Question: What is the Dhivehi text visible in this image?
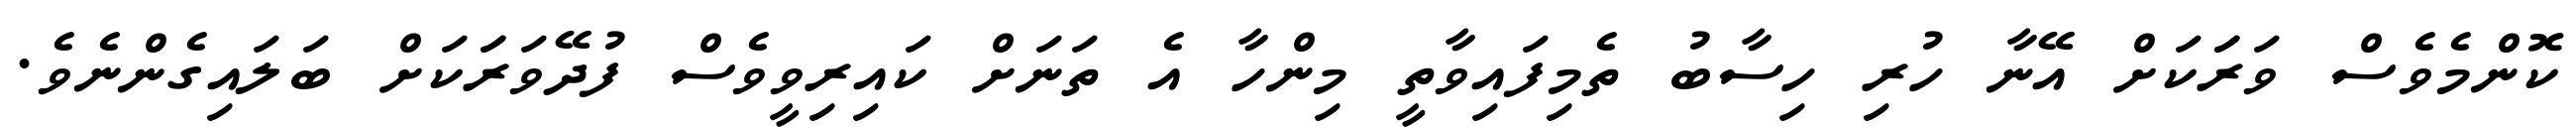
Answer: ކޮންމެވެސް ވަރަަކަށް އޭނާ ހުރި ހިސާބު ތެމިފައިވާތީ މިންހާ އެ ތަނަށް ކައިރިވީވެސް ފުދޭވަރަަކަށް ބަލައިގެންނެވެ.